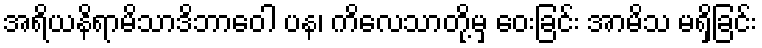
အရိယနိရာမိသာဒိဘာဝေါ ပန၊ ကိလေသာတို့မှ ဝေးခြင်း အာမိသ မရှိခြင်း